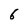
Character: 6